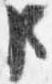
臣